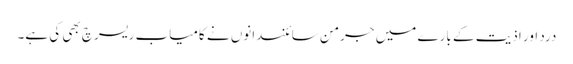
درد اور اذیت کے بارے میں جرمن سائنسدانوں نے کامیاب ریسرچ بھی کی ہے۔